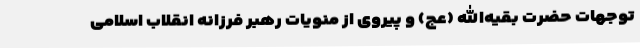
توجهات حضرت بقیه‌الله (عج) و پیروی از منویات رهبر فرزانه انقلاب اسلامی